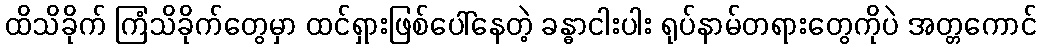
ထိသိခိုက် ကြံသိခိုက်တွေမှာ ထင်ရှားဖြစ်ပေါ်နေတဲ့ ခန္ဓာငါးပါး ရုပ်နာမ်တရားတွေကိုပဲ အတ္တကောင်